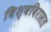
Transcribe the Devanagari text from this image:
विश्वविरासत